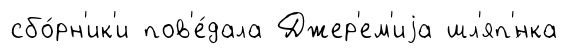
сбо́рн'ик'и пов'е́дала Джер'ем'иjа шл'яп'́нка